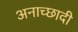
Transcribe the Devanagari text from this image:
अनाच्छादी